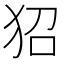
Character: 㹦